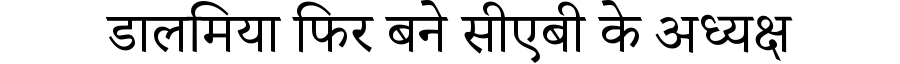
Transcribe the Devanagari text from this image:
डालमिया फिर बने सीएबी के अध्यक्ष